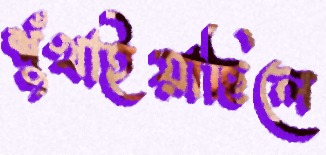
শুঁখাইয়াছিলে